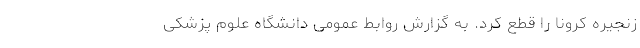
زنجیره کرونا را قطع کرد. به گزارش روابط عمومی دانشگاه علوم پزشکی